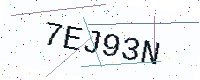
Text: 7EJ93N